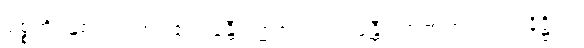
ရုစ္စတိ၊ နှစ်သက်အပ်၏။ ခန္တီဝဏ္ဏဇာတကံ၊ ခန္တီဝဏ္ဏဇာတ်သည်။ နိဋ္ဌိတံ၊